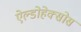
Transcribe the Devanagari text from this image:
ऐल्डोहेक्सोस